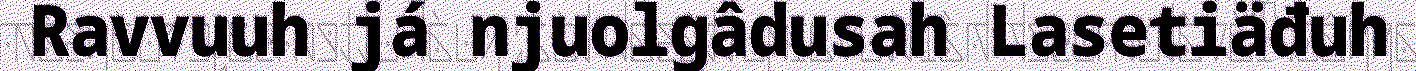
Ravvuuh já njuolgâdusah Lasetiäđuh